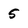
Character: 5